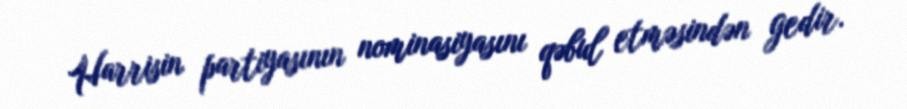
Harrisin partiyasının nominasiyasını qəbul etməsindən gedir.